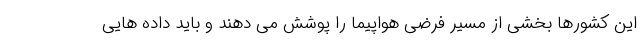
این کشورها بخشی از مسیر فرضی هواپیما را پوشش می دهند و باید داده هایی